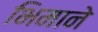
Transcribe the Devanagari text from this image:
भिमानेे